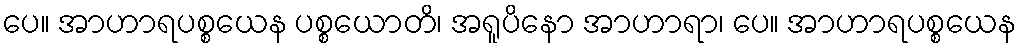
ပေ။ အာဟာရပစ္စယေန ပစ္စယောတိ၊ အရူပိနော အာဟာရာ၊ ပေ။ အာဟာရပစ္စယေန